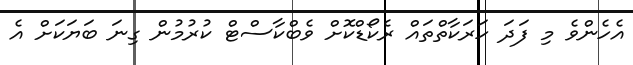
އެހެންވެ މި ފަދަ ހަރަކާތްތައް ރެކޯޑްކޮށް ވެބްކާސްޓް ކުރުމުން ގިނަ ބަޔަކަށް އެ